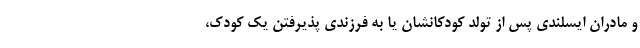
و مادران ایسلندی پس از تولد کودکانشان یا به فرزندی پذیرفتن یک کودک،